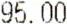
95.00